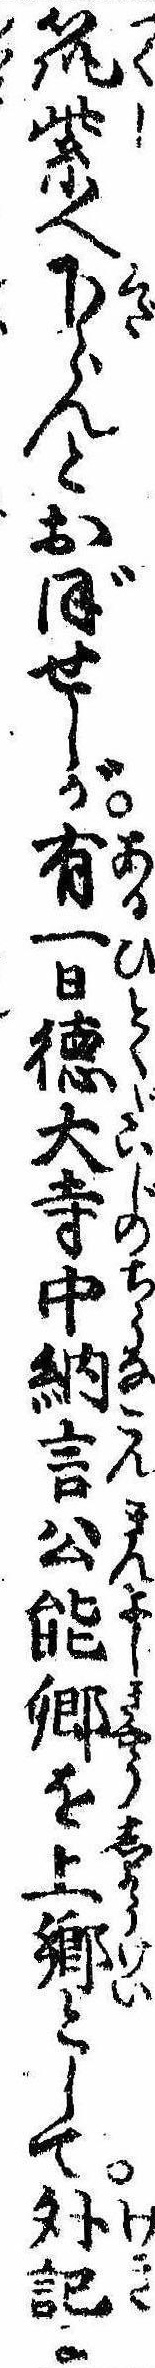
筑紫へ下らんとおぼせしが有一日徳大寺中納言公能卿を上卿として外記に